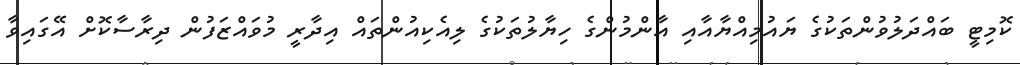
ކޮމިޓީ ބައްދަލުވުންތަކުގެ ޔައުމިއްޔާއާއި އާންމުންގެ ހިޔާލުތަކުގެ ލިއެކިއުންތައް އިދާރީ މުވައްޒަފުން ދިރާސާކޮށް އޭގައިވާ